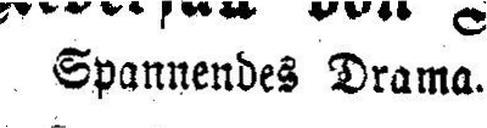
Spannendes Drama.